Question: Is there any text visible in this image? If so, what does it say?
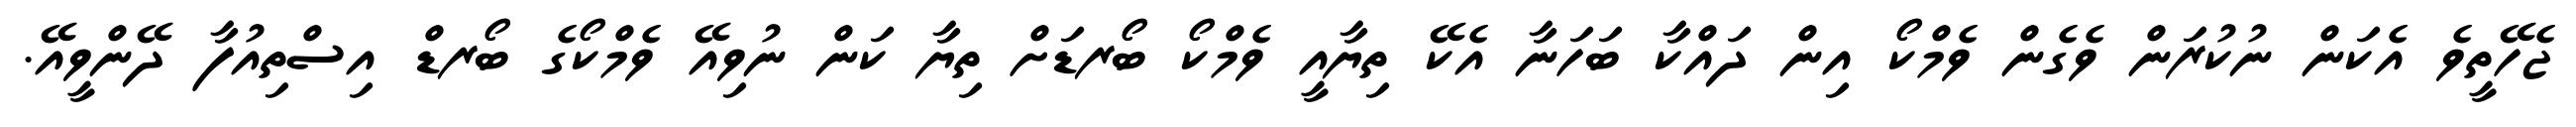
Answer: ޖެހޭތީވެ އެކަން ނުކުރަން ވެގެން ވެމްކޯ އިން ދައްކާ ބަހަނާ އެކޭ ތިޔާއީ ވެމްކޯ ބޯރޑަށް ތިޔާ ކަން ނުވިއޭ ވެމްކޯގެ ބޯރޑް އިސްތިއުފާ ދޭންވީއޭ.